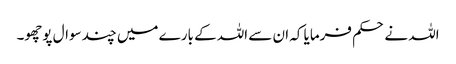
اللہ نے حکم فرمایا کہ ان سے اللہ کے بارے میں چند سوال پوچھو۔